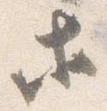
等